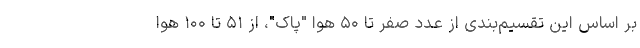
بر اساس این تقسیم‌بندی از عدد صفر تا ۵۰ هوا "پاک"، از ۵۱ تا ۱۰۰ هوا